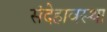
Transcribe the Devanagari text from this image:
संदेहावस्था